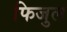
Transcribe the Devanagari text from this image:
फिजुल